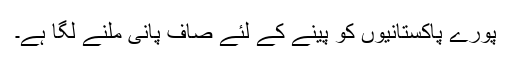
پورے پاکستانیوں کو پینے کے لئے صاف پانی ملنے لگا ہے۔